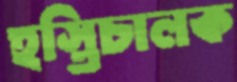
হস্তিচালক